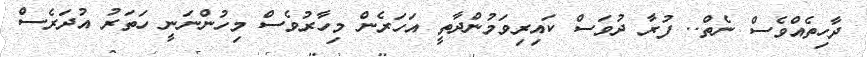
ދާހިތެއްވެސް ނެތް.. ފުރާ ދުވަސް ކައިރިވަމުންދާތީ އަހަރެން މިހާރުވެސް މިހުންނަނީ ހަތަރު އުދަރެސް